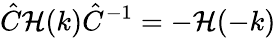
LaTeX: \hat{C}\mathcal{H}(k)\hat{C}^{-1}=-\mathcal{H}(-k)